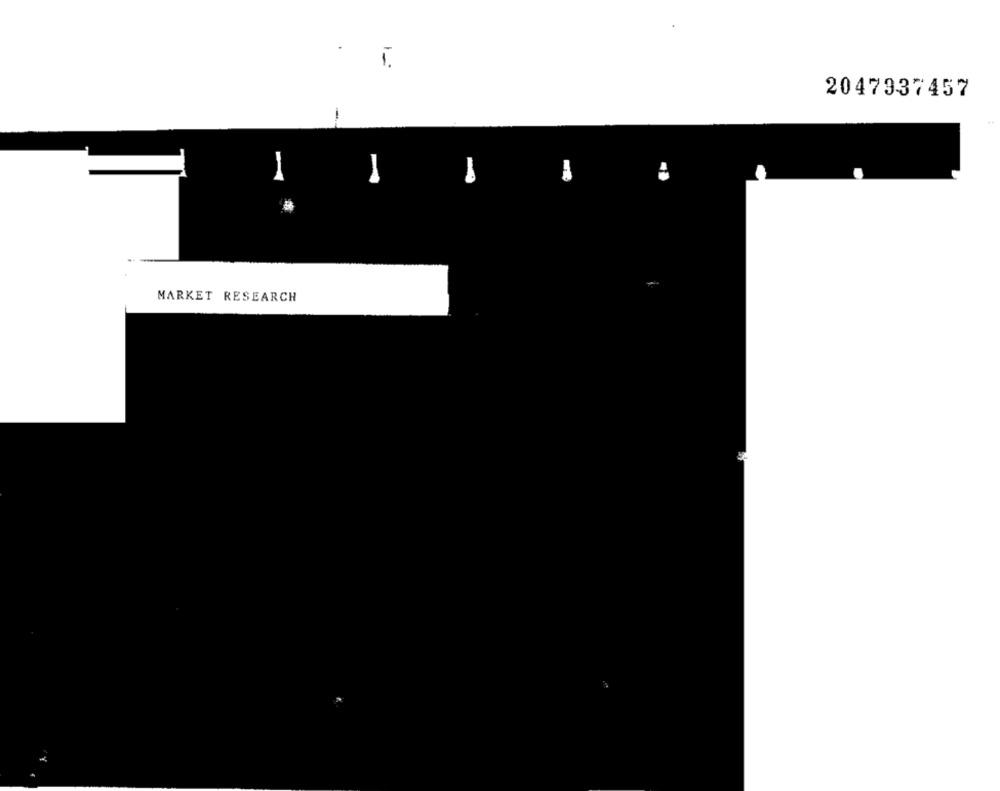
1-
2047937457
MARKET RESEARCH